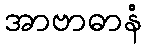
အာဗာဓာနံ